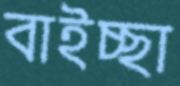
বাইচ্ছা